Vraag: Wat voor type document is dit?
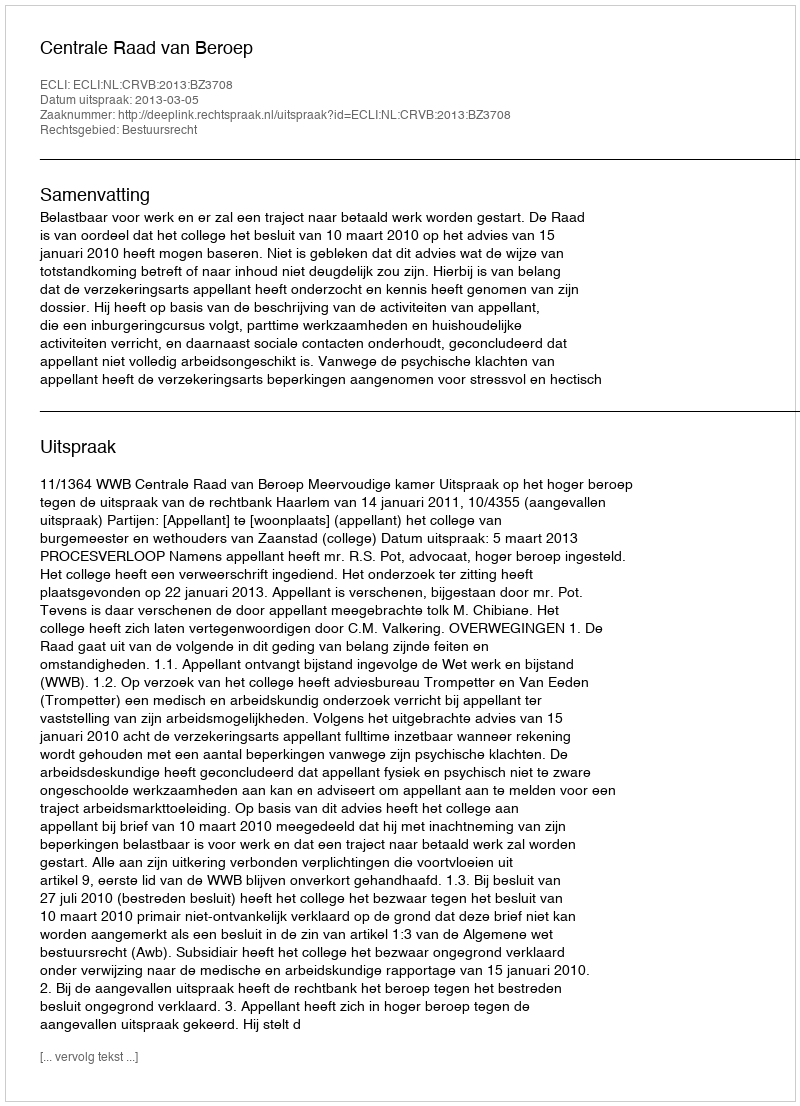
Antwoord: Uitspraak